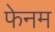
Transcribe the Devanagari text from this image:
फेनम